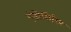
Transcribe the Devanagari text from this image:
एंडोसिरिन